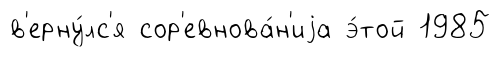
в'ерну́лс'я сор'евнова́н'иjа э́той 1985